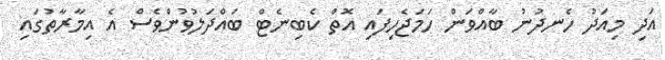
އަދި މިއަދު ހެނދުނު ބާއްވަން ހަމަޖެހިފައި އޮތް ކެބިނެޓް ބައްދަލުވުންވެސް އެ އިމާރާތުގައި